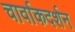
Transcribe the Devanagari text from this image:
चार्वाकदर्शन